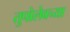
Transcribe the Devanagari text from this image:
तुपोलेवच्या